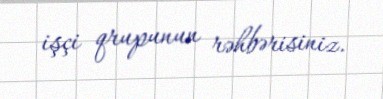
işçi qrupunun rəhbərisiniz.